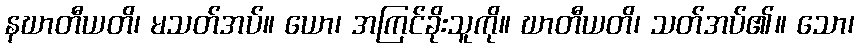
နဃာတီယတိ၊ မသတ်အပ်။ ယော၊ အကြင်ခိုးသူကို။ ဃာတီယတိ၊ သတ်အပ်၏။ သော၊